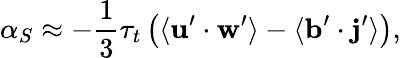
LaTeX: \alpha_{S}\approx-\frac{1}{3}\tau_{t}\left(\langle\mathbf{u}^{\prime}\cdot\mathbf{w}^{\prime}\rangle-\langle\mathbf{b}^{\prime}\cdot\mathbf{j}^{\prime}\rangle\right),